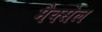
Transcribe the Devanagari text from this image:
मैक्सेल